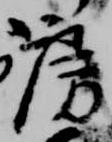
房